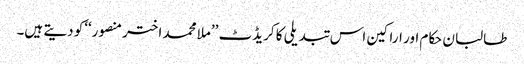
طالبان حکام اور اراکین اس تبدیلی کا کریڈٹ ’’ملا محمد اختر منصور‘‘کو دیتے ہیں۔